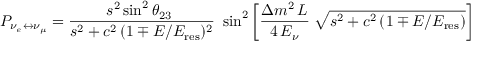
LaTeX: P _ { \nu _ { e } \leftrightarrow \nu _ { \mu } } = { \frac { s ^ { 2 } \sin ^ { 2 } \theta _ { 2 3 } ~ } { s ^ { 2 } + c ^ { 2 } \, ( 1 \mp E / E _ { \mathrm { r e s } } ) ^ { 2 } } } ~ \sin ^ { 2 } \left[ { \frac { \Delta m ^ { 2 } \, L } { 4 \, E _ { \nu } } } \; \sqrt { s ^ { 2 } + c ^ { 2 } \, ( 1 \mp E / E _ { \mathrm { r e s } } ) } \right]